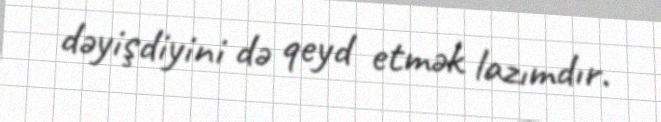
dəyişdiyini də qeyd etmək lazımdır.